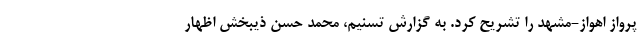
پرواز اهواز-مشهد را تشریح کرد. به گزارش تسنیم، محمد حسن ذیبخش اظهار